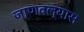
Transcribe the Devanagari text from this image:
जाणवल्यास